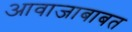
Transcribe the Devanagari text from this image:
आवाजाबाबत